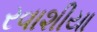
રવાશીયા